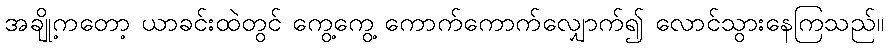
အချို့ကတော့ ယာခင်းထဲတွင် ကွေ့ကွေ့ ကောက်ကောက်လျှောက်၍ လောင်သွားနေကြသည်။